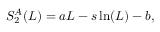
S _ { 2 } ^ { A } ( L ) = a L - s \ln ( L ) - b ,